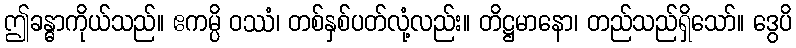
ဤခန္ဓာကိုယ်သည်။ ဧကမ္ပိ ဝဿံ၊ တစ်နှစ်ပတ်လုံ့လည်း။ တိဋ္ဌမာနော၊ တည်သည်ရှိသော်။ ဒွေပိ